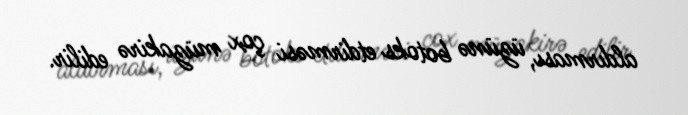
aldırması, üzünə botoks etdirməsi çox müzakirə edilir.